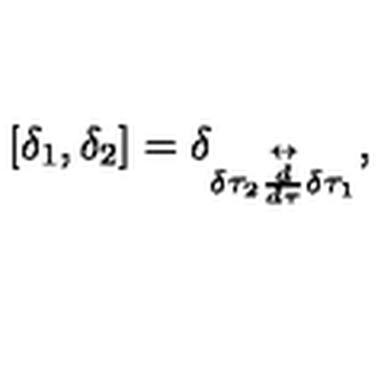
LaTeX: [ \delta _ { 1 } , \delta _ { 2 } ] = \delta _ { \delta \tau _ { 2 } \stackrel { \leftrightarrow } { \frac { d } { d \tau } } \delta \tau _ { 1 } } ,